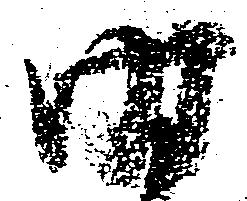
時